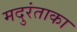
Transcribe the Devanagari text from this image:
मदुरंताका